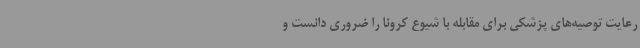
رعایت توصیه‌های پزشکی برای مقابله با شیوع کرونا را ضروری دانست و